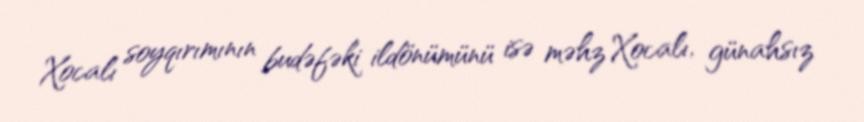
Xocalı soyqırımının budəfəki ildönümünü isə məhz Xocalı, günahsız